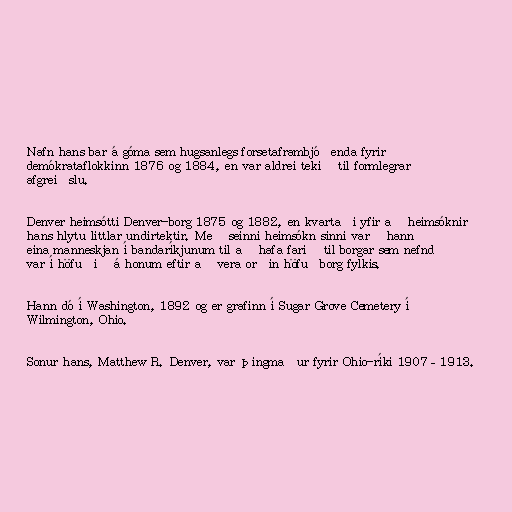
Nafn hans bar á góma sem hugsanlegs forsetaframbjóðenda fyrir
demókrataflokkinn 1876 og 1884, en var aldrei tekið til formlegrar
afgreiðslu.

Denver heimsótti Denver-borg 1875 og 1882, en kvartaði yfir að heimsóknir
hans hlytu littlar undirtektir. Með seinni heimsókn sinni varð hann
eina manneskjan í bandaríkjunum til að hafa farið til borgar sem nefnd
var í höfuðið á honum eftir að vera orðin höfuðborg fylkis.

Hann dó í Washington, 1892 og er grafinn í Sugar Grove Cemetery í
Wilmington, Ohio.

Sonur hans, Matthew R. Denver, var þingmaður fyrir Ohio-ríki 1907–1913.